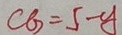
C G = 5 - y